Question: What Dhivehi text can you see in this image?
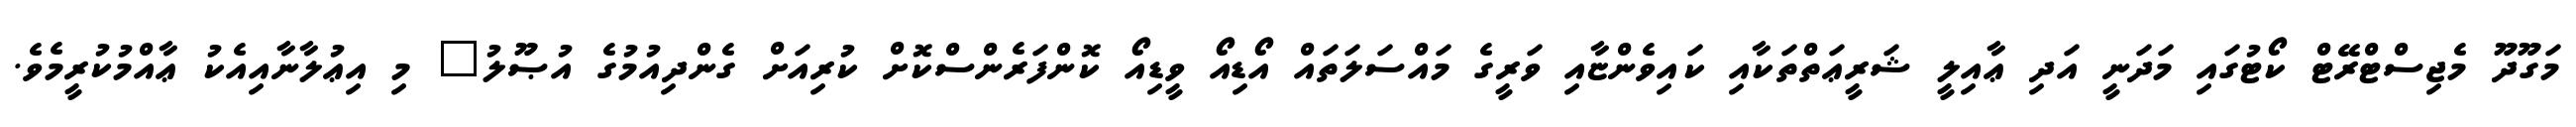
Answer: މަގޫދޫ މެޖިސްޓްރޭޓް ކޯޓުގައި މަދަނީ އަދި ޢާއިލީ ޝަރީޢަތްތަކާއި ކައިވެންޏާއި ވަރީގެ މައްސަލަތައް އޯޑިއޯ ވީޑިއޯ ކޮންފަރެންސްކޮށް ކުރިއަށް ގެންދިއުމުގެ އުޞޫލު" މި އިޢުލާނާއިއެކު ޢާއްމުކުރީމެވެ.